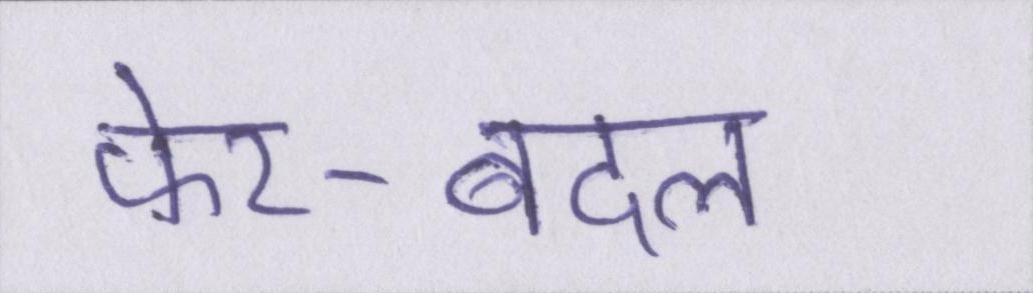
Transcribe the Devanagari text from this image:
फेर-बदल